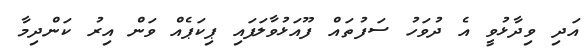
އަދި ވިދާޅުވީ އެ ދުވަހު ސަފުތައް ފޫއަޅުވާލަފައި ޕިކަޕެއް ވަން އިރު ކަންދިމާ